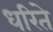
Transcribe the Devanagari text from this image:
धरिते